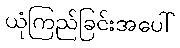
ယုံကြည်ခြင်းအပေါ်